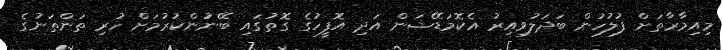
މިއިމާރާތަށް ފުލުހުން ބަދަލުވިއިރު އެކޮމަޑޭޝަން އަދި އޮފީހުގެ ގޮތުގައި ބޭނުންކުރުމަށް ހުރި ތަންތަނުގެ